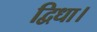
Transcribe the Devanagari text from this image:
द्विधा।